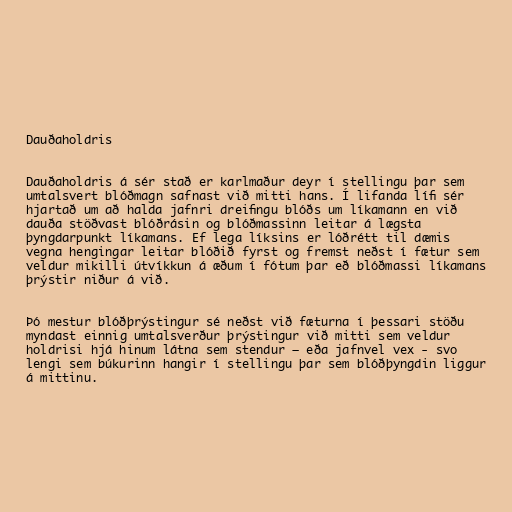
Dauðaholdris

Dauðaholdris á sér stað er karlmaður deyr í stellingu þar sem
umtalsvert blóðmagn safnast við mitti hans. Í lifanda lífi sér
hjartað um að halda jafnri dreifingu blóðs um líkamann en við
dauða stöðvast blóðrásin og blóðmassinn leitar á lægsta
þyngdarpunkt líkamans. Ef lega líksins er lóðrétt til dæmis
vegna hengingar leitar blóðið fyrst og fremst neðst í fætur sem
veldur mikilli útvíkkun á æðum í fótum þar eð blóðmassi líkamans
þrýstir niður á við.

Þó mestur blóðþrýstingur sé neðst við fæturna í þessari stöðu
myndast einnig umtalsverður þrýstingur við mitti sem veldur
holdrisi hjá hinum látna sem stendur — eða jafnvel vex - svo
lengi sem búkurinn hangir í stellingu þar sem blóðþyngdin liggur
á mittinu.